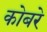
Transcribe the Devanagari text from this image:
कोबरे